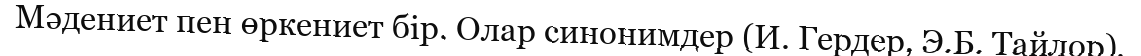
Мәдениет пен өркениет бір. Олар синонимдер (И. Гердер, Э.Б. Тайлор).